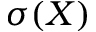
\sigma ( X )